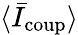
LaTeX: \langle\bar{I}_{\mathrm{coup}}\rangle